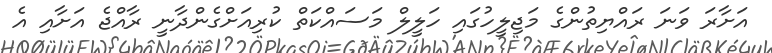
އަށާރަ ވަނަ ރައްޔިތުންގެ މަޖިލީހުގައި ހަލީލް މަސައްކަތް ކުރިއަށްގެންދާނީ ރާއްޖެ އަށާއި އެ